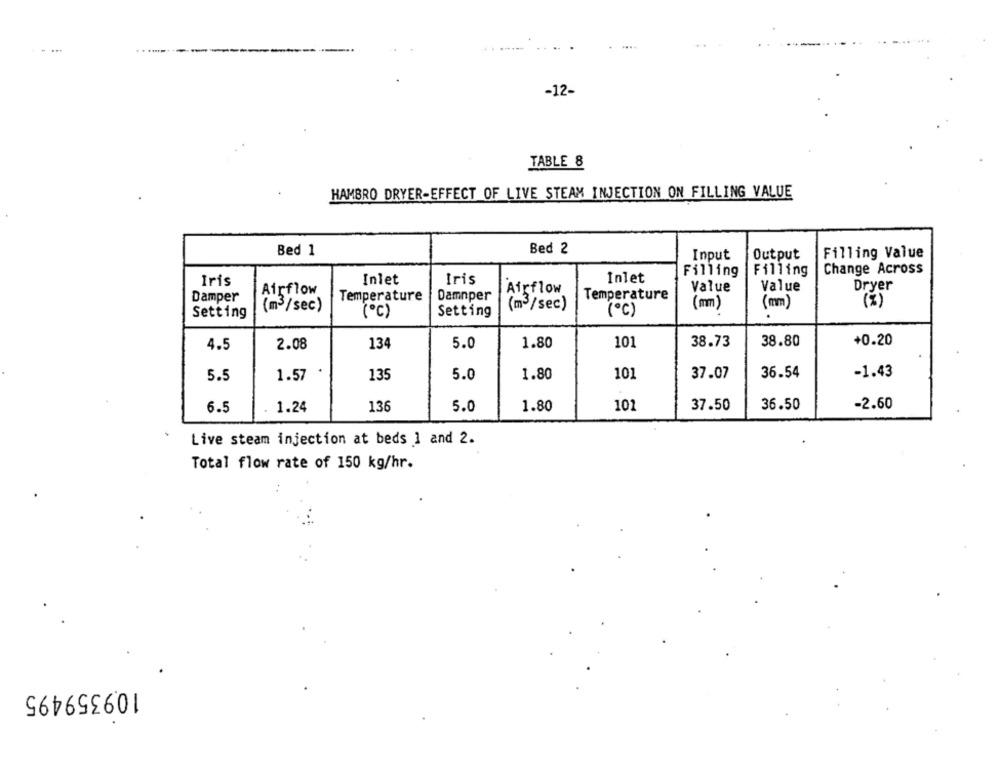
-12-
TABLE 8
HAMBRO DRYER-EFFECT OF LIVE STEAM INJECTION ON FILLING VALUE
Bed 1
Bed 2
Filling Value
Input
Output
Filling
Filling
Change Across
Iris
Inlet
Iris
Inlet
Airflow
Value
Value
Dryer
Damper
Airflow
Temperature
Damnper
Temperature
(m3/sec)
(m/sec)
(mm)
(mm)
(%)
Setting
Setting
(℃)
2.08
134
5.0
1.80
101
38.73
38.80
+0.20
4.5
5.5
1.57
135
5.0
1.80
10)
37.07
36.54
-1.43
5.0
101
37.50
36.50
-2.60
6.5
1.24
136
1.80
Live steam injection at beds 1 and 2.
Total flow rate of 150 kg/hr.
109359495